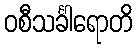
ဝစီသင်္ခါရောတိ